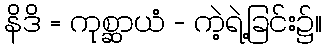
နိဒိ = ကုစ္ဆာယံ - ကဲ့ရဲ့ခြင်း၌။